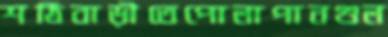
শঠিবাড়ীতেপোলাপানগুল